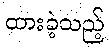
ထားခဲ့သည့်